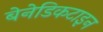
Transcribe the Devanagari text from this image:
बेनेडिकटाइन